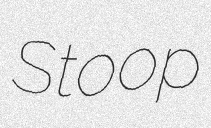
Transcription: Stoop